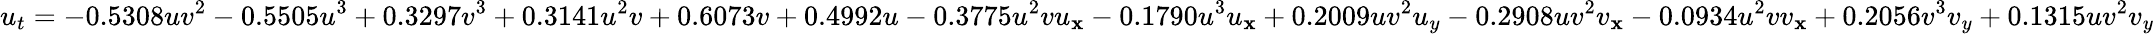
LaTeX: u_{t}=-0.5308uv^{2}-0.5505u^{3}+0.3297v^{3}+0.3141u^{2}v+0.6073v+0.4992u-0.3775u^{2}vu_{\mathbf{x}}-0.1790u^{3}u_{\mathbf{x}}+0.2009uv^{2}u_{y}-0.2908uv^{2}v_{\mathbf{x}}-0.0934u^{2}vv_{\mathbf{x}}+0.2056v^{3}v_{y}+0.1315uv^{2}v_{y}